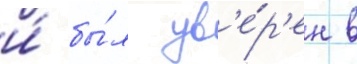
и́ бы́л ув'е́р'ен в